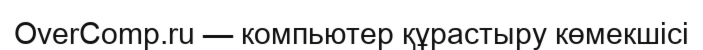
OverComp.ru — компьютер құрастыру көмекшісі